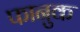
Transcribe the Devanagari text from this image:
फानुक